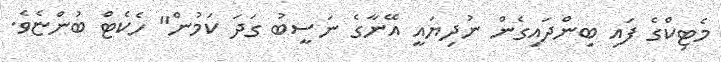
މެޓިކްގެ ފައި ބިންދައިގެން ނުދިޔައީ އޭނާގެ ނަސީބު ގަދަ ކަމުން" ހެކެޓް ބުންޏެވެ.